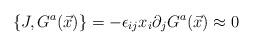
LaTeX: \begin{align*}\{J, G^{a}(\vec{x})\} =-\epsilon_{ij}x_{i}\partial_{j}G^{a}(\vec{x}) \approx 0\end{align*}